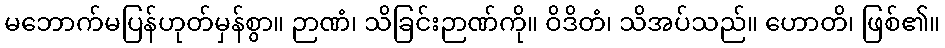
မဘောက်မပြန်ဟုတ်မှန်စွာ။ ဉာဏံ၊ သိခြင်းဉာဏ်ကို။ ဝိဒိတံ၊ သိအပ်သည်။ ဟောတိ၊ ဖြစ်၏။